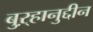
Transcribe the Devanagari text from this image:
बुऱ्हानुद्दीन